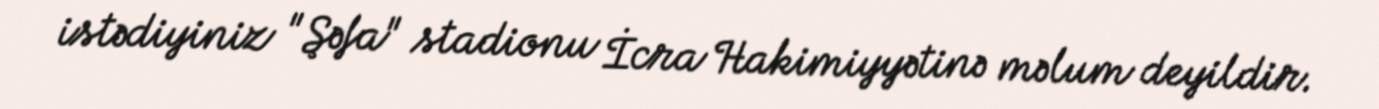
istədiyiniz "Şəfa" stadionu İcra Hakimiyyətinə məlum deyildir.